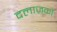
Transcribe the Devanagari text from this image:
दलाज़कों